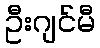
ဦးဂျင်မီ